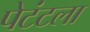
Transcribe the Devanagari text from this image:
पेटंटला